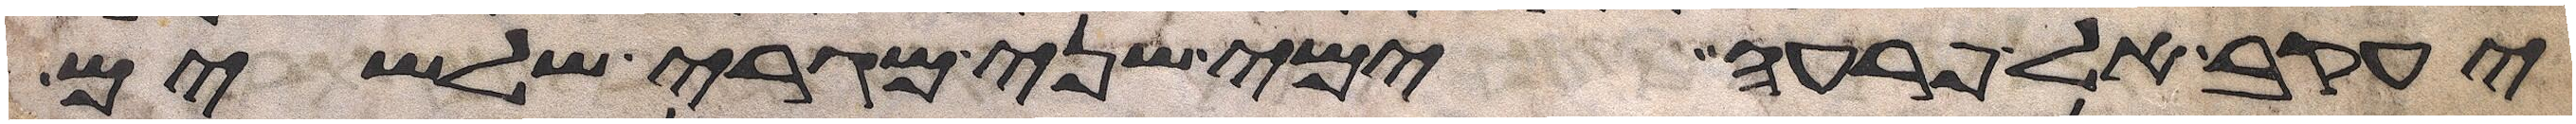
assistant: יעקב אל פרעה ימי שני מגרי שלשים